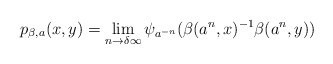
\begin{align*}p_{\beta,a}(x,y)=\lim_{n\to\delta\infty}\psi_{a^{-n}}(\beta(a^n,x)^{-1}\beta(a^n,y)) \end{align*}